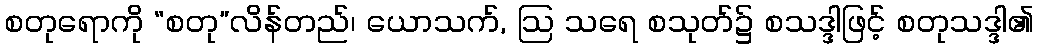
စတုရောကို “စတု”လိန်တည်၊ ယောသက်, ဩ သရေ စသုတ်၌ စသဒ္ဒါဖြင့် စတုသဒ္ဒါ၏